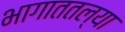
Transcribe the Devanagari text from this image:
भागाततल्या